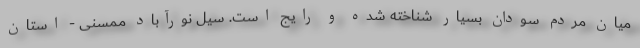
میان مردم سودان بسیار شناخته شده و رایج است. سیل نورآباد ممسنی - استان